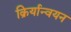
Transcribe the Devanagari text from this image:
क्रिर्यान्वयन